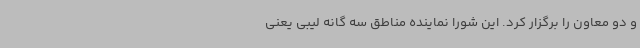
و دو معاون را برگزار کرد. این شورا نماینده مناطق سه گانه لیبی یعنی